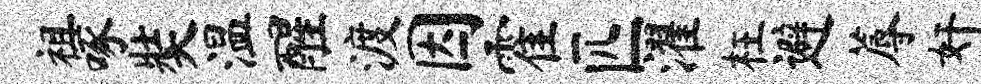
祖啄奘温醒渡因霍匹濯枉避蓐奸